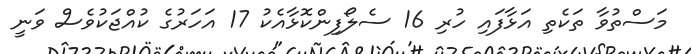
މަސްތުވާ ތަކެތި އަޅާފައި ހުރި 16 ސެލޯފިންކޮޅާއެކު 17 އަހަރުގެ ކުއްޖަކުވެސް ވަނީ